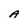
Character: A